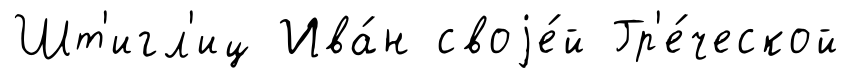
Шт'игл'иц Ива́н своjе́й Гр'е́ческой